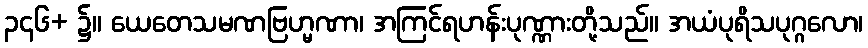
၃၄၆+ ၌။ ယေတေသမဏဗြဟ္မဏာ၊ အကြင်ရဟန်းပုဏ္ဏားတို့သည်။ အယံပုရိသပုဂ္ဂလော၊